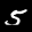
Label: 5